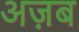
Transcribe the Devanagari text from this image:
अज़ब